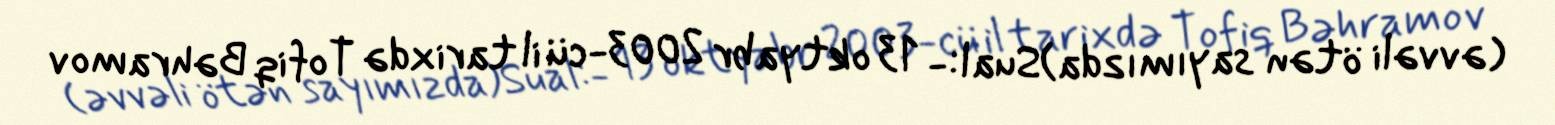
(əvvəli ötən sayımızda)Sual:- 13 oktyabr 2003-cü il tarixdə Tofiq Bəhramov